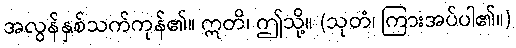
အလွန်နှစ်သက်ကုန်၏။ ဣတိ၊ ဤသို့။ (သုတံ၊ ကြားအပ်ပါ၏။)